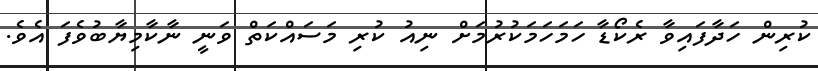
ކުރިން ހަދާފައިވާ ރެކޯޑާ ހަމަހަމަކުރުމަށް ނިއު ކުރި މަސައްކަތް ވަނީ ނާކާމިޔާބުވެފަ އެވެ.